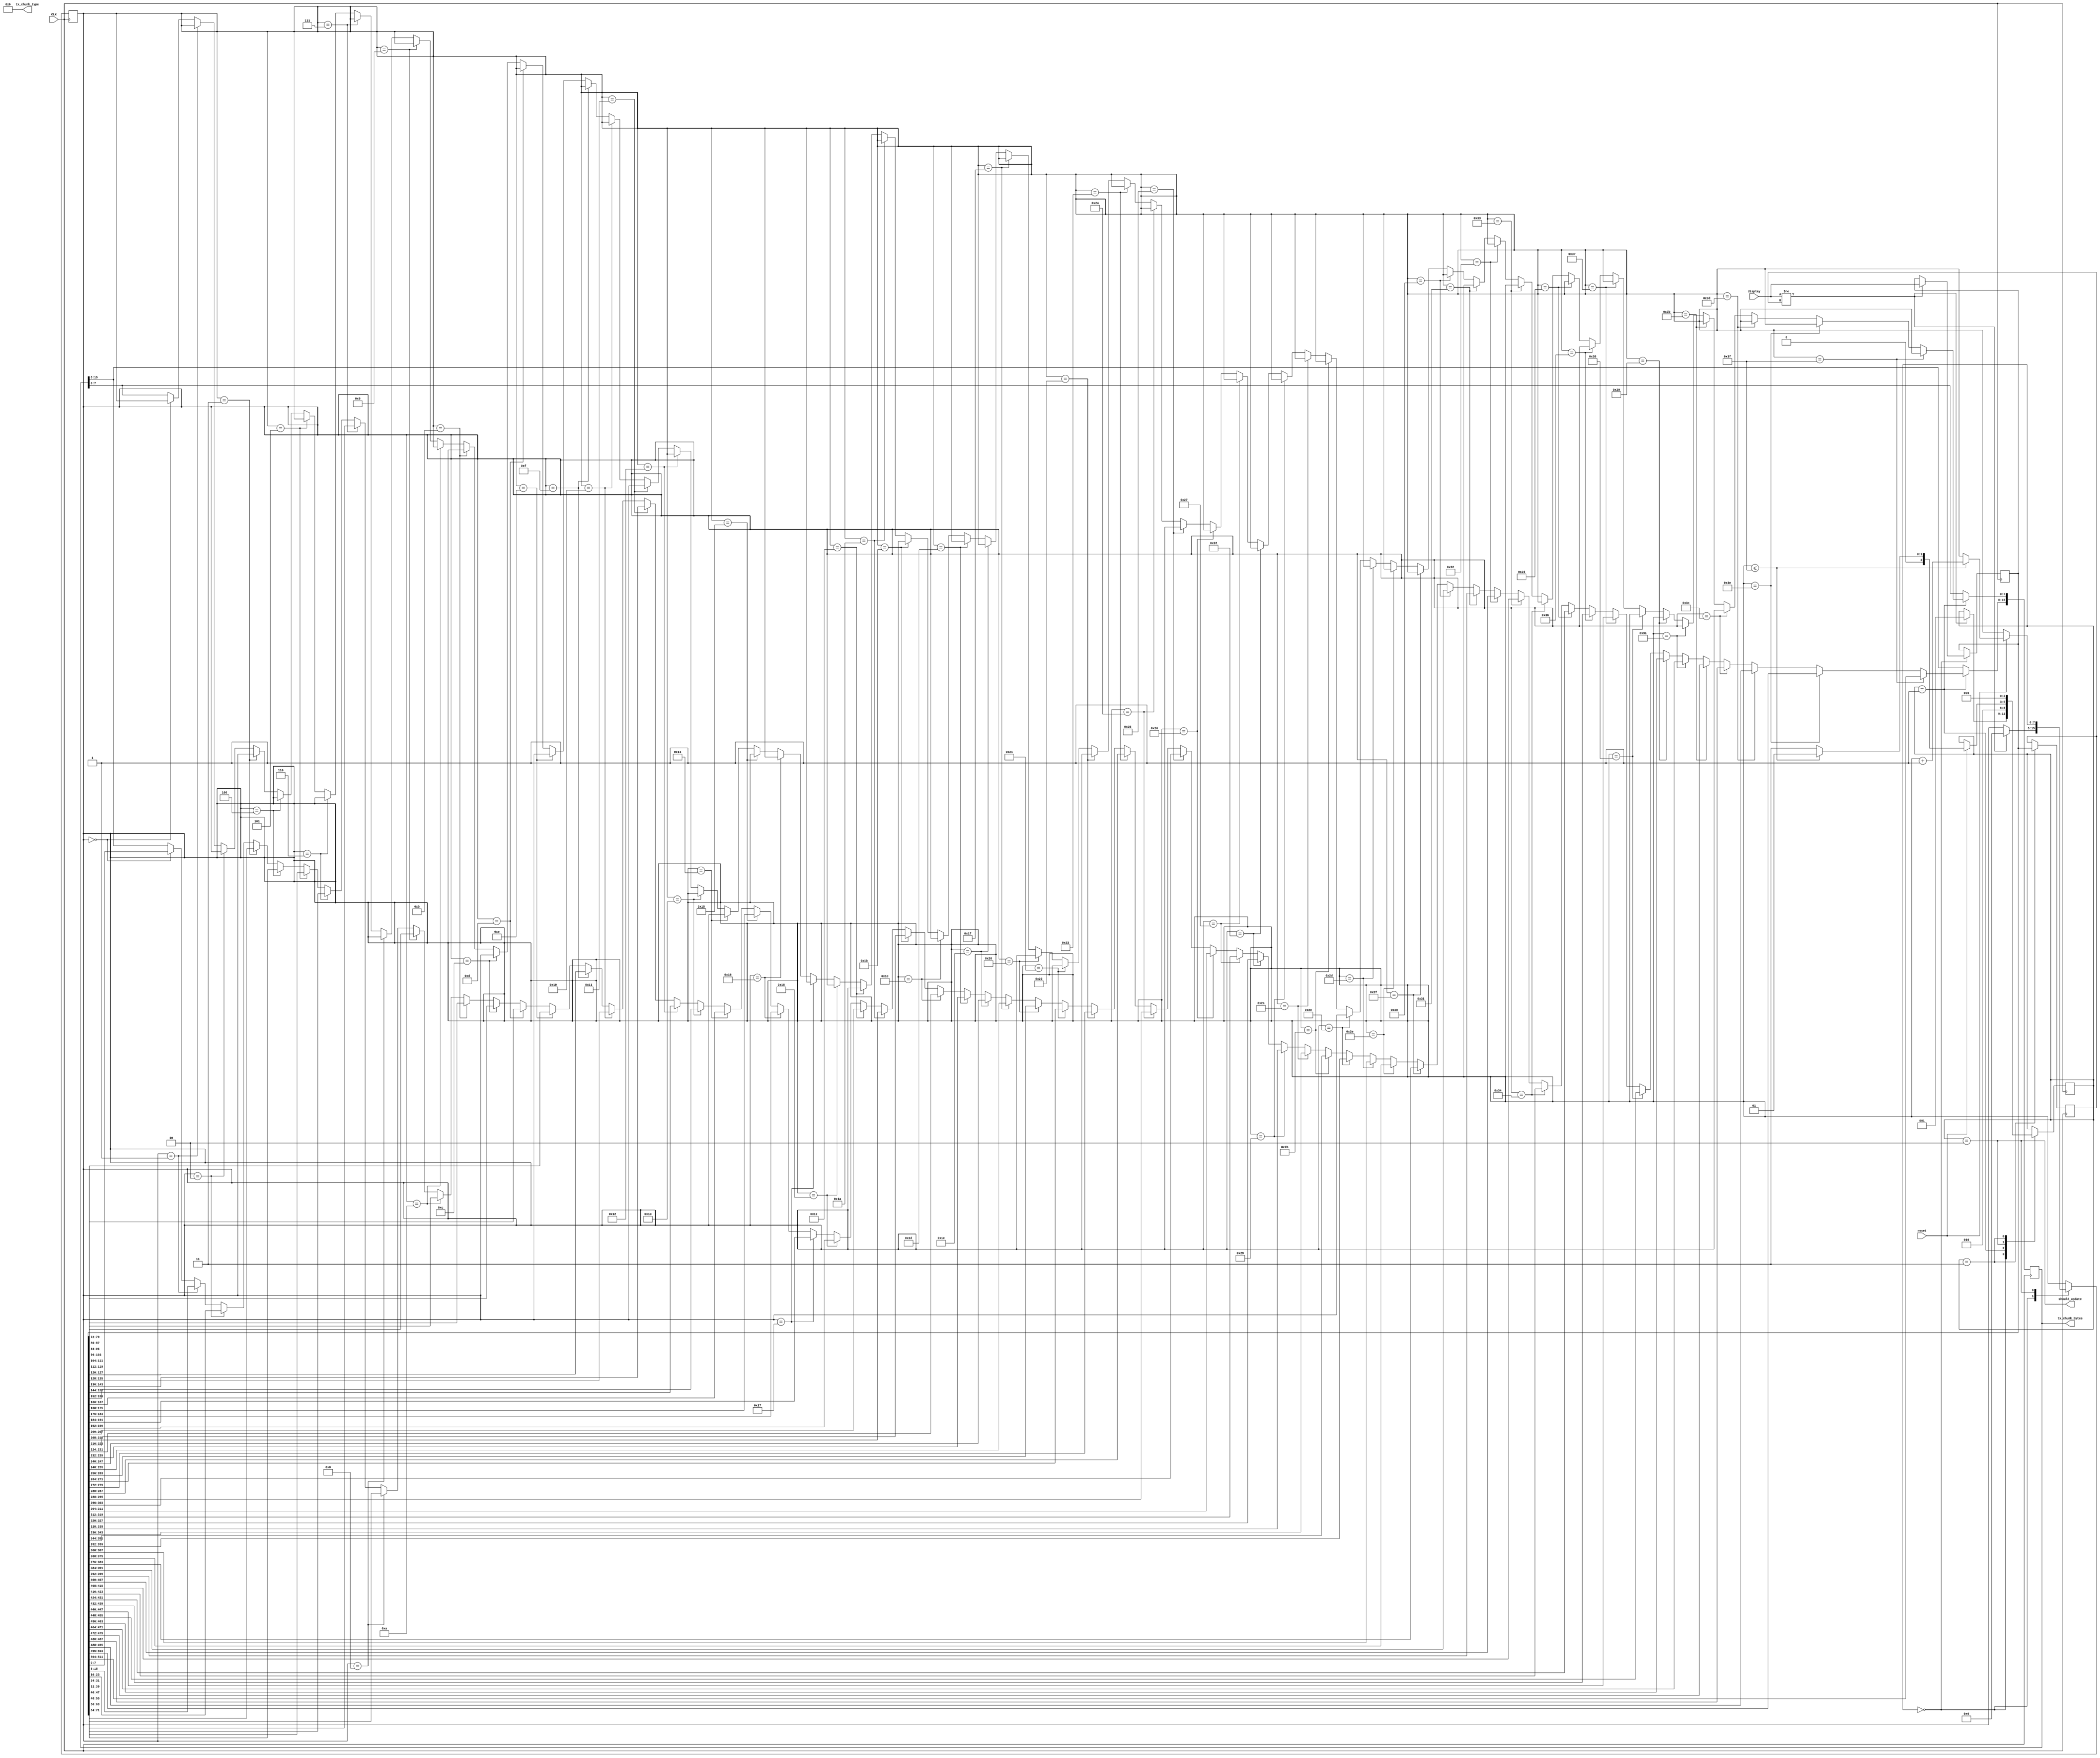
module v_display #(
	parameter [7:0] INTERFACE_TX_CHUNK_TYPE = 6,
	// The size of the display in bytes
	parameter DISPLAY_BUFFER_BYTE_SIZE = 64,
	// How many bits needed to index the whole buffer
	parameter DISPLAY_BUFFER_INDEX_SIZE = 8
)(
	// clock pin
	input CLK,

	// active display state
	input [(DISPLAY_BUFFER_BYTE_SIZE * 8) - 1:0] display,
	// signal to inform the user of this module that leds
	// have changed their value and should be updated i.e. sent out over UART 
	output should_update,
	// the value that the leds have been updated to
	output [7:0] tx_chunk_type,
	output [15:0] tx_chunk_bytes,
	// signal to tell this module "the leds have been updated, chill out"
	input reset
);
	// What's the last updated value of LEDs
	reg [7:0] r_last_leds = 0;
	reg [(DISPLAY_BUFFER_BYTE_SIZE * 8) - 1:0] r_old_display = 0;
	reg [(DISPLAY_BUFFER_BYTE_SIZE * 8) - 1:0] r_new_display = 0;
	reg [(DISPLAY_BUFFER_BYTE_SIZE * 8) - 1:0] r_display = 0;
	// Active updated pixel index and chunk contents
	reg [DISPLAY_BUFFER_INDEX_SIZE - 1:0] r_update_index = 0;
	reg [15:0] r_update_value = 0;
	// The TX chunk type
	reg [7:0] r_tx_chunk_type = INTERFACE_TX_CHUNK_TYPE;

	// An FSM to receive leds and send them out over UART when they're changed
	parameter R_VDISPLAY_STATE_SIZE = 3;
	parameter R_VDISPLAY_IDLE = 0;
	parameter R_VDISPLAY_SHOULD_PREPARE_UPDATE = 1;
	parameter R_VDISPLAY_SHOULD_UPDATE = 2;
	parameter R_VDISPLAY_FINISH = 3;
	reg [R_VDISPLAY_STATE_SIZE - 1:0] r_vdisplay_state = R_VDISPLAY_IDLE;
 
 	integer buffer_iterator = 0;
	always @(posedge CLK)
	begin
		case (r_vdisplay_state)
			R_VDISPLAY_IDLE: begin
				if (display != r_display) begin
					r_old_display <= r_display;
					r_new_display <= display;
					r_update_index <= 0;
					r_vdisplay_state <= R_VDISPLAY_SHOULD_PREPARE_UPDATE;
				end
			end
			R_VDISPLAY_SHOULD_PREPARE_UPDATE: begin
				for (buffer_iterator = 0; buffer_iterator < DISPLAY_BUFFER_BYTE_SIZE; buffer_iterator = buffer_iterator + 1)
					if (r_update_index == buffer_iterator) begin
						r_update_value[7:0] <= r_update_index;
						r_update_value[15:8] <= r_new_display[buffer_iterator * 8 +: 8];
					end
				r_vdisplay_state <= R_VDISPLAY_SHOULD_UPDATE;
			end
			R_VDISPLAY_SHOULD_UPDATE: begin
				if (reset) begin
					if (r_update_index <= (DISPLAY_BUFFER_BYTE_SIZE - 1)) begin
						r_update_index <= r_update_index + 1;
						r_vdisplay_state <= R_VDISPLAY_SHOULD_PREPARE_UPDATE;
					end else begin
						r_vdisplay_state <= R_VDISPLAY_FINISH;
					end
				end
			end
			R_VDISPLAY_FINISH: begin
				r_display <= r_new_display;
				r_vdisplay_state <= R_VDISPLAY_IDLE;
			end
		endcase
	end

	// Outputs
	assign should_update = r_vdisplay_state == R_VDISPLAY_SHOULD_UPDATE;
	assign tx_chunk_type = r_tx_chunk_type;
	assign tx_chunk_bytes = r_update_value;
endmodule